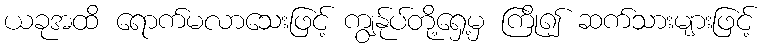
ယခုအထိ ရောက်မလာသေးဖြင့် ကျွန်ုပ်တို့ရှေ့မှ ကြို၍ ဆက်သားများဖြင့်